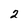
Character: 2